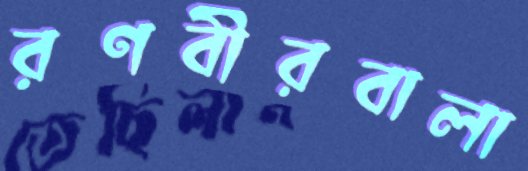
রণবীরবালা